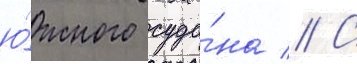
ю́жного суда́на // С